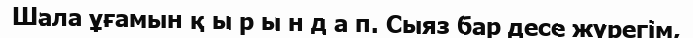
Шала ұғамын қ ы р ы н д а п. Сыяз бар десе жүрегім,